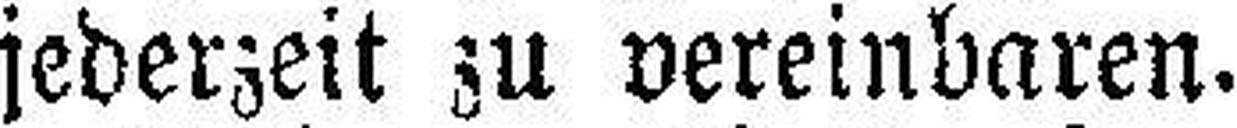
jederzeit zu vereinbaren.